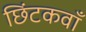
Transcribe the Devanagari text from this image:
छिंटकवाँ